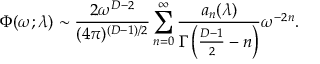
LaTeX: \Phi ( \omega ; \lambda ) \sim { \frac { 2 \omega ^ { D - 2 } } { ( 4 \pi ) ^ { ( D - 1 ) / 2 } } } \sum _ { n = 0 } ^ { \infty } { \frac { a _ { n } ( \lambda ) } { \Gamma \left( { \frac { D - 1 } { 2 } } - n \right) } } \omega ^ { - 2 n } .